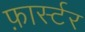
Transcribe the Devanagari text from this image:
फ़ार्स्टर